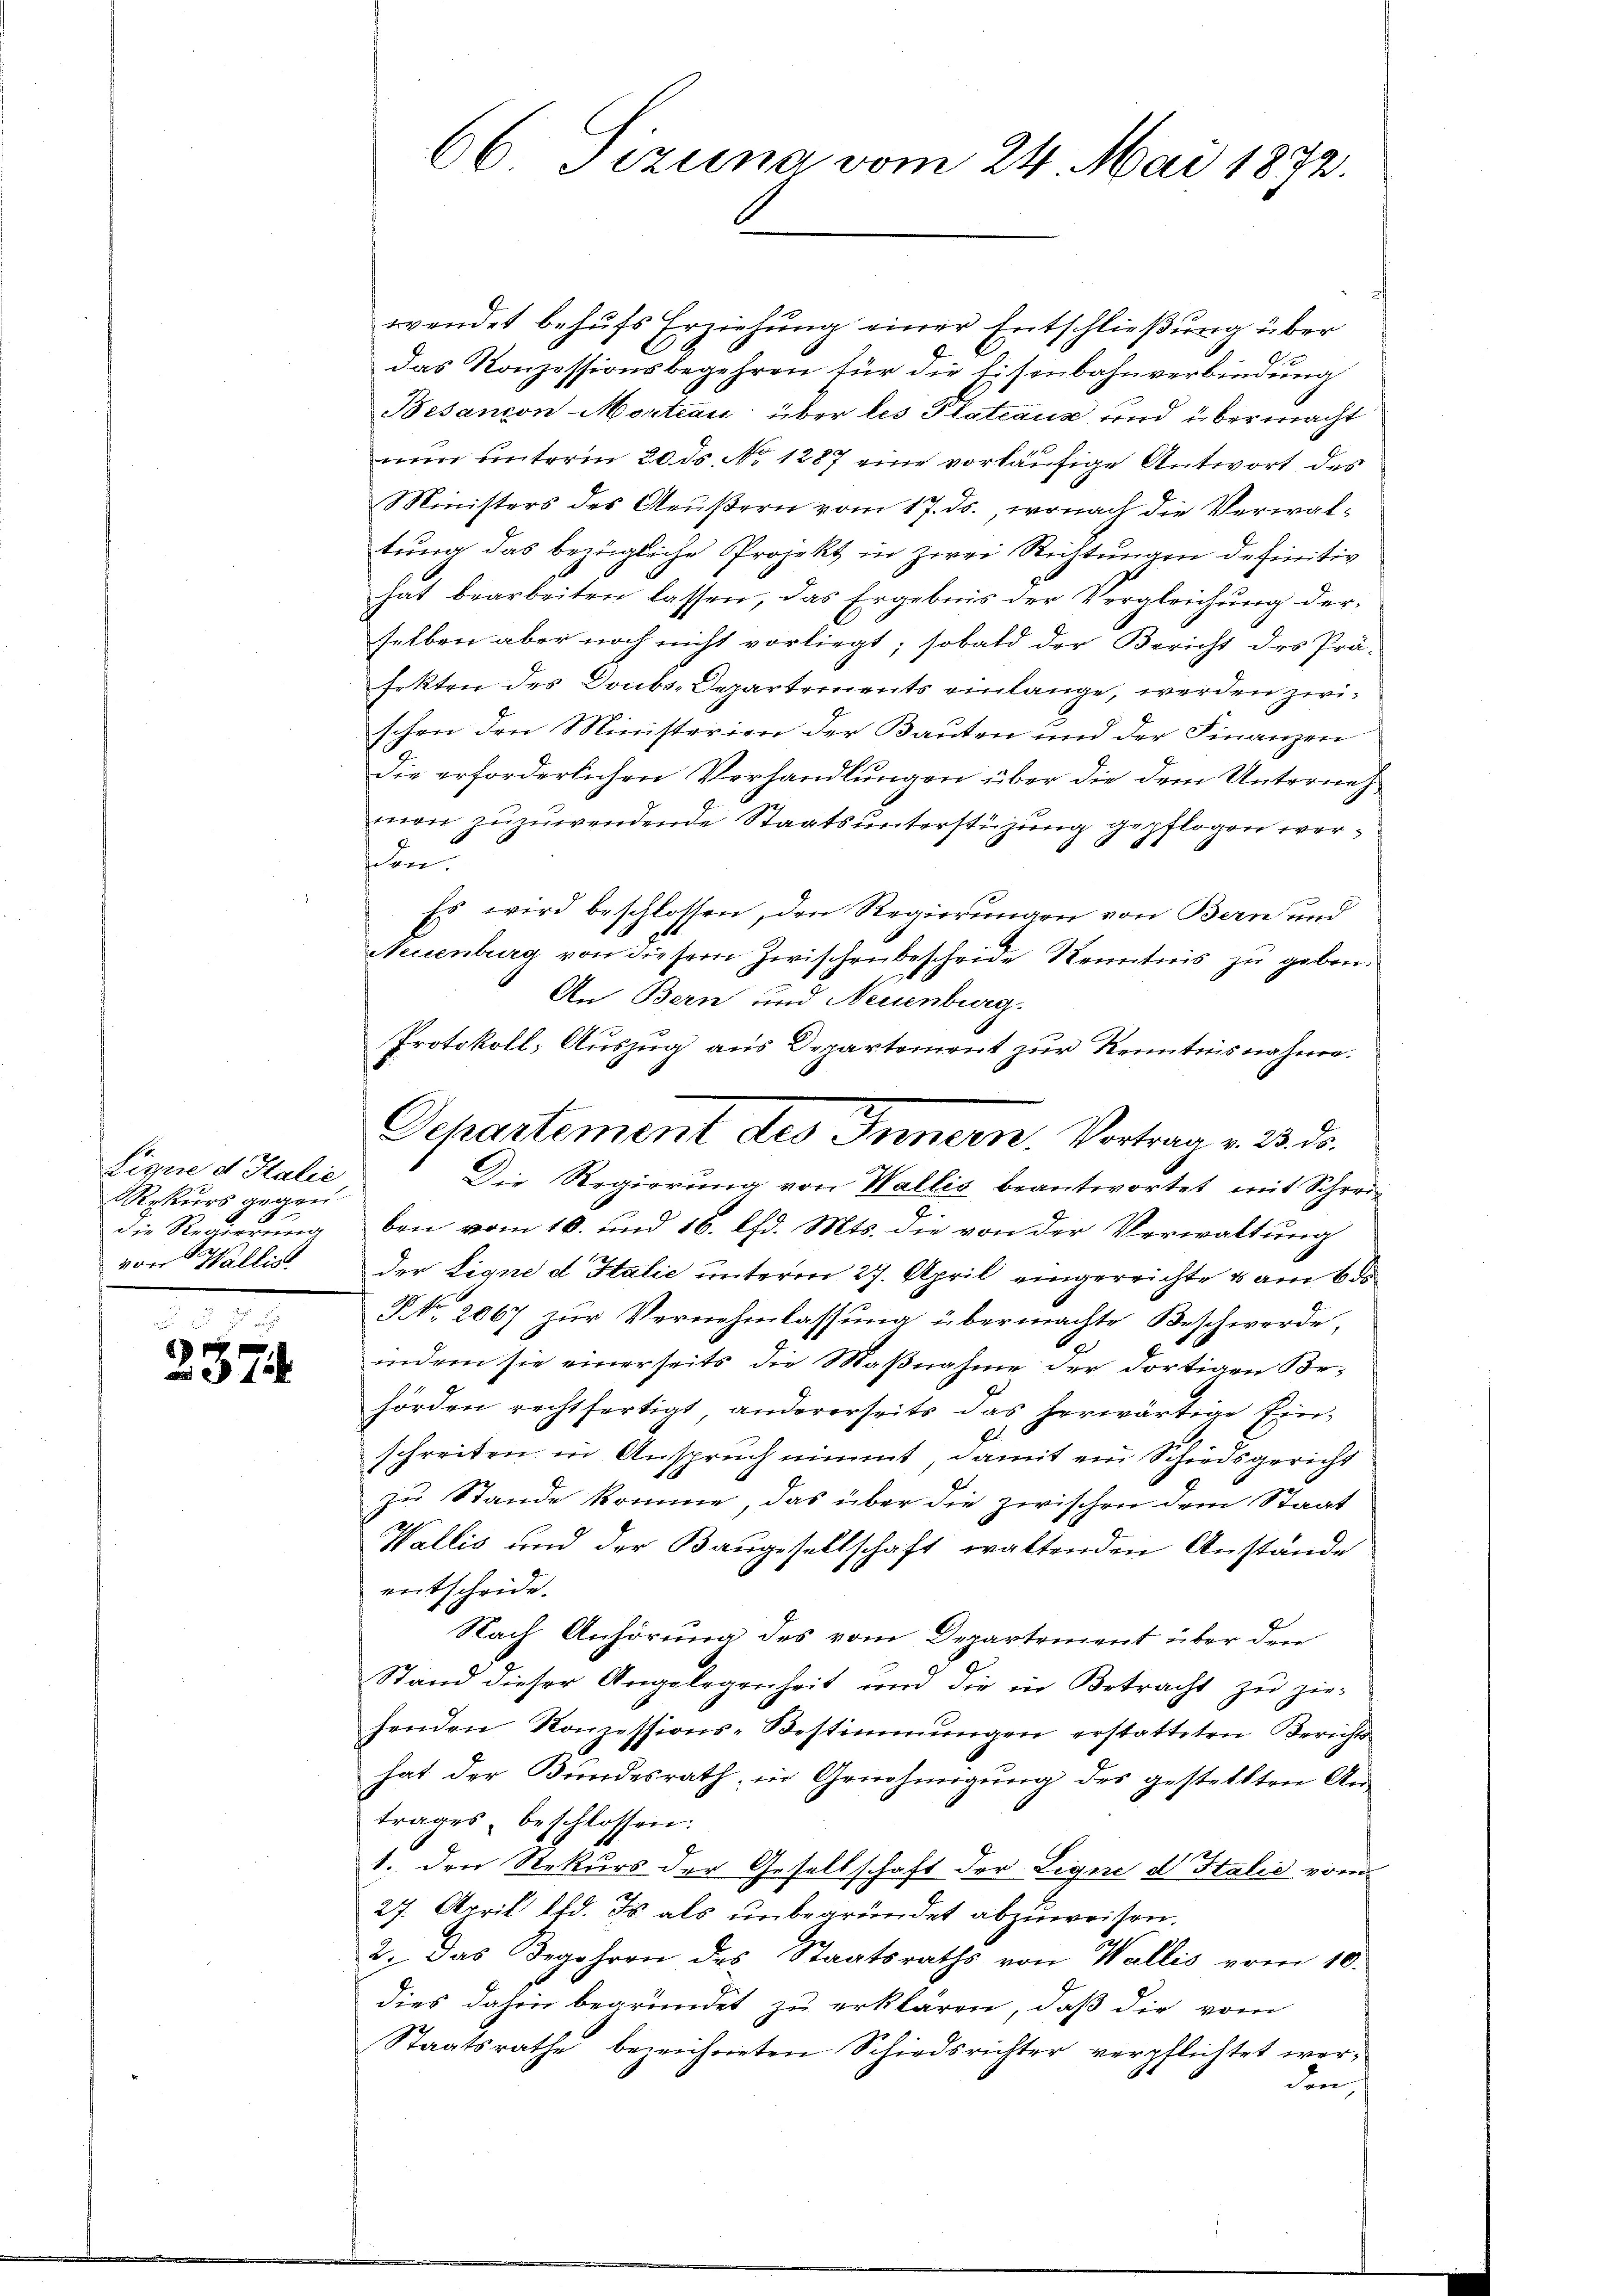
Lignie d Halie
Rekurs gegen
die Regierung
von Wallist

2374

66 Sizung vom 24. Mai 1872.

d
wendet behufs Erziehung einer Entschließung über
das Konzessionsbegehren für die Eisenbahnverbindung
Besançon-Morteau über les Plateaus und übermacht
nun unterm 20. ds. No 1287 eine vorläufige Antwort des
Ministers des Grußern vom 17. ds., wonach die Verwaltŭng das bezügliche Projekt in zwei Richtungen definitiv
hat bearbeiten lassen, das Ergebnis der Vergleichung der-
selben aber noch nicht vorliegt; sobald der Bericht des Prä-
fekten des Donbs-Departements einlange, werden zwischen den Ministerien der Bauten und der Finanzen
die erforderlichen Verhandlungen über die dem Unternehmon zuzuwendende Staatsunterstüzung gepflogen wersehen.
Es wird beschlossen, den Regierungen von Bern und
Neuenburg von diesem Zwischenbescheide Kenntnis zu geben.
An Bern und Neuenburg.
Protokoll, Auszug aus Departement zur Kenntnisnahme.
Die Regierŭng von Wallis beantwortet mit Schrei
ben vom 16. und 16. lfd. Mts. die von der Verwaltung
der Eigne d Italie unterm 27. April eingereichte & am 6. ds
NNo. 2067 zur Vernehmlassung übermachte Beschwerde,
indem sie einerseits die Maßnahme der dortigen Behörden rechtfertigt andererseits das herwärtige Ein¬
E
schreiten in Anspruch nimmt, damit ein Schiedsgericht
zu Stande komme, das über die zwischen dem Staat
Wallis und der Baugesellschaft waltenden Anstände
entscheide.
Nach Anhörung des vom Departement über den
Stand dieser Angelegenheit und die in Betracht zu zie-
henden Konzessions-Bestimmungen erstatteten Berichts
hat der Bundesrath, in Genehmigung des gestellten An-
trages, beschlossen:
1. den Rekurs der Gesellschaft der Lique d Italić vom
27. April lfd. Js. als unbegründet abzuweisen.
2. Das Begehren des Staatsraths von Wallis vom 10.
dies dahin begründet zu erklären, daß die vom
Staatsrathe bezeichneten Schiedsrichter verpflichtet werden

Departement des Innern. Vortrag v. 3. ds.